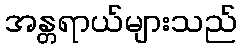
အန္တရာယ်များသည်